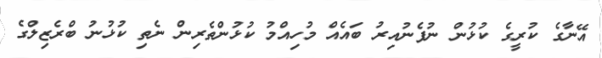
އޭނާގެ ކުރީގެ ކުޅުން ނުފެނުއިރު ބައެއް މުހިއްމު ކުޅުންތެރިން ނެތި ކުޅުނު ބްރެޒިލްގެ